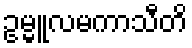
ဥမ္မူလမကာသီတိ